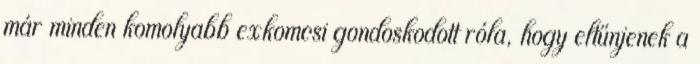
már minden komolyabb exkomcsi gondoskodott róla, hogy eltűnjenek a